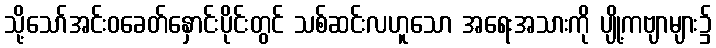
သို့သော်အင်းဝခေတ်နှောင်းပိုင်းတွင် သစ်ဆင်းလဟူသော အရေးအသားကို ပျို့ကဗျာများ၌